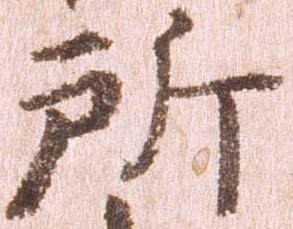
所